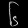
Digit: ၆